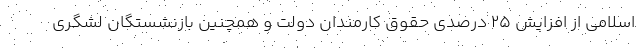
اسلامی از افزایش ۲۵ درصدی حقوق کارمندان دولت و همچنین بازنشستگان لشگری